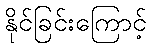
နိုင်ခြင်းကြောင့်